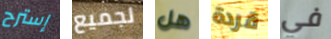
إسترح لجميع هل قردة في